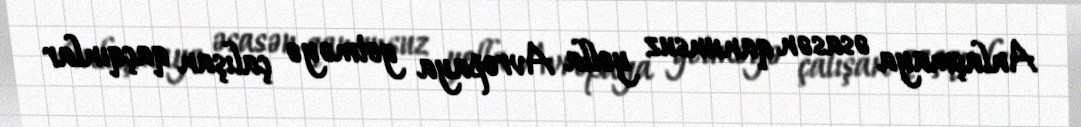
Anlaşmaya əsasən qanunsuz yolla Avropaya getməyə çalışan qaçqınlar